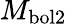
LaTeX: M_{\mathrm{bol2}}